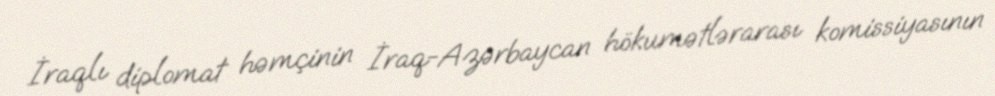
İraqlı diplomat həmçinin İraq-Azərbaycan hökumətlərarası komissiyasının